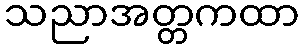
သညာအတ္တကထာ